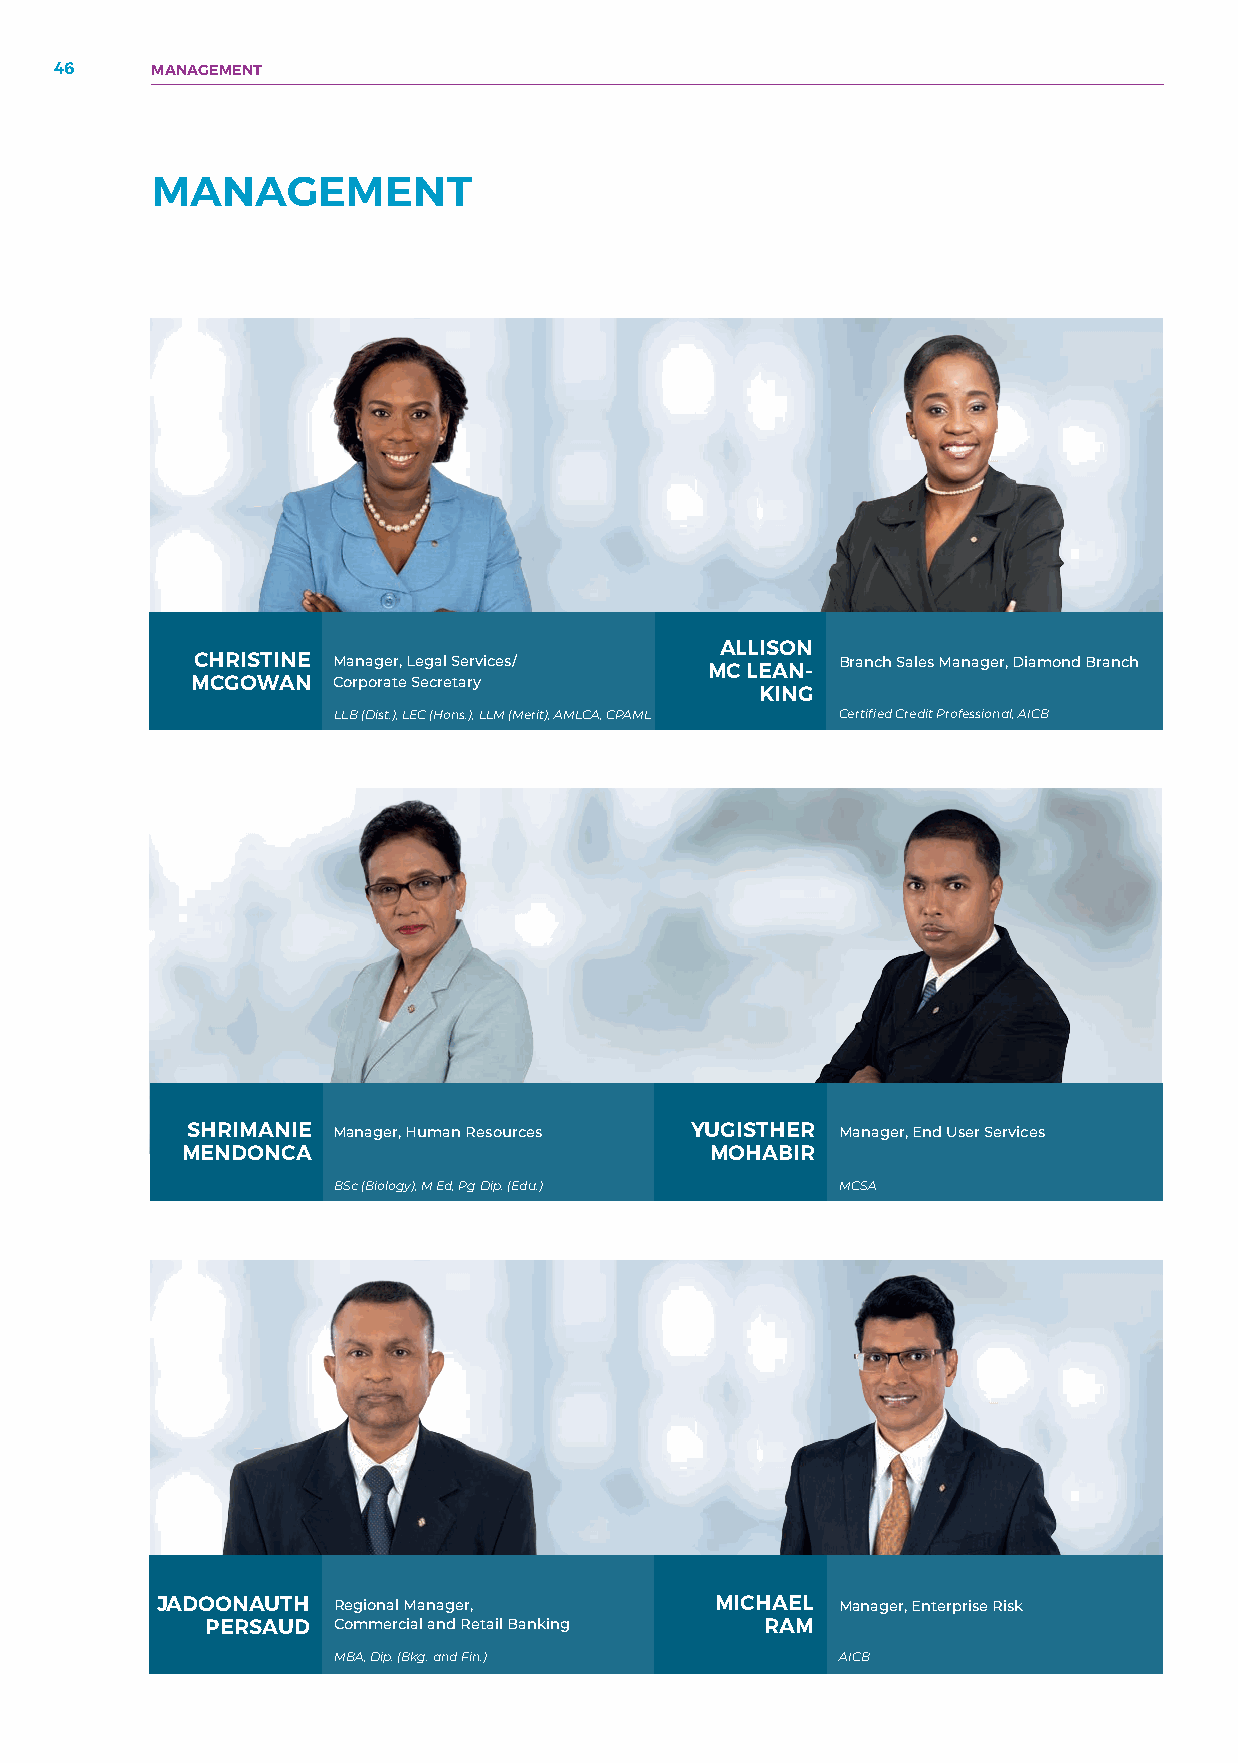
46    MANAGEMENT
 MANAGEMENT
 ALLISON
 CHRISTINE Manager, Legal Services/         Branch Sales Manager, Diamond Branch
 MC LEAN-
 MCGOWAN  Corporate Secretary
 KING
 LLB (Dist.), LEC (Hons.), LLM (Merit), AMLCA, CPAML Certified Credit Professional, AICB
 SHRIMANIE Manager, Human Resources YUGISTHER Manager, End User Services
 MENDONCA                           MOHABIR
 BSc (Biology), M Ed, Pg Dip. (Edu.) MCSA
 JADOONAUTH  Regional Manager,        MICHAEL  Manager, Enterprise Risk
 PERSAUD Commercial and Retail Banking RAM
 MBA, Dip. (Bkg. and Fin.)         AICB